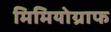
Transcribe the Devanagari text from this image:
मिमियोग्राफ